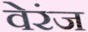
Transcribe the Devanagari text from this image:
वेरंज